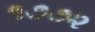
૧૭૭૨